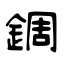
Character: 錭